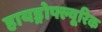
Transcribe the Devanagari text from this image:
हायड्रोफ्ल्यूरिक